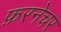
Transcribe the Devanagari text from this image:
फ़रनेचर